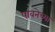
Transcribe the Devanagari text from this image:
पावनेच्या